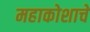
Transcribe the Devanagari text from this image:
महाकोशाचे